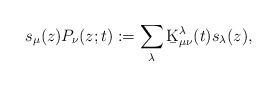
LaTeX: \begin{align*}s_{\mu}(z)P_{\nu}(z;t):=\sum_{\lambda}\b{K}^{\lambda}_{\mu\nu}(t)s_{\lambda}(z),\end{align*}